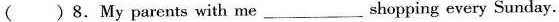
( ) 8.My parents with me ______shopping every Sunday.